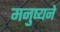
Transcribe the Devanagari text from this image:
मनुष्यने